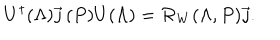
LaTeX: U ^ { \dagger } ( \Lambda ) \vec { \jmath } \, ( P ) U ( \Lambda ) = { \cal R } _ { W } ( \Lambda , P ) \vec { \jmath } .